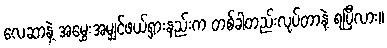
လေဆာနဲ့ အမွှေးအမျှင်ဖယ်ရှားနည်းက တစ်ခါတည်းလုပ်တာနဲ့ ရပြီလား။